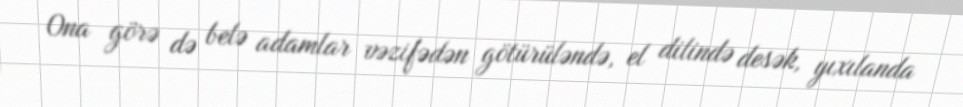
Ona görə də belə adamlar vəzifədən götürüləndə, el dilində desək, yıxılanda